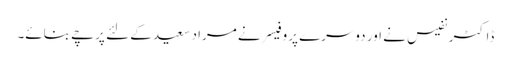
ڈاکٹر نفیس نے اور دوسرے پروفیسر نے مراد سعید کے لئے پرچے بنائے۔